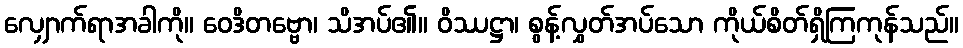
လျှောက်ရာအခါကို။ ဝေဒိတဗ္ဗော၊ သိအပ်၏။ ဝိဿဋ္ဌာ၊ စွန့်လွှတ်အပ်သော ကိုယ်စိတ်ရှိကြကုန်သည်။